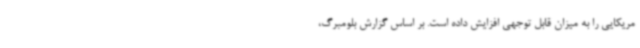
مریکایی را به میزان قابل توجهی افزایش داده است. بر اساس گزارش بلومبرگ،